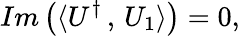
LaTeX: Im\left(\langle U^{\dagger}\, ,\, U_{1}\rangle\right)=0,